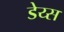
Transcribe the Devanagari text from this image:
डेय्स